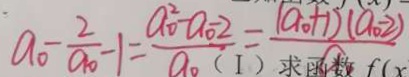
a _ { 0 } - \frac { 2 } { a _ { 0 } } - 1 = \frac { a _ { 0 } ^ { 2 } - a _ { 0 } - 2 } { a _ { 0 } } = \frac { ( a _ { 0 } + 1 ) ( a _ { 0 } - 2 ) } { a }